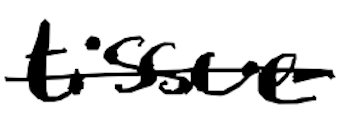
Text: tissue
Cross-out: single-line
Writing tool: digital_black